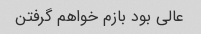
عالی بود بازم خواهم گرفتن